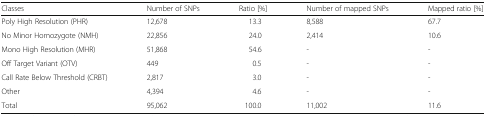
| Classes | Number of SNPs | Ratio [%] | Number of mapped SNPs | Mapped ratio [%] |
 | --- | --- | --- | --- | --- |
 | Poly High Resolution (PHR) | 12,678 | 13.3 | 8,588 | 67.7 |
 | No Minor Homozygote (NMH) | 22,856 | 24.0 | 2,414 | 10.6 |
 | Mono High Resolution (MHR) | 51,868 | 54.6 | - | - |
 | Off Target Variant (OTV) | 449 | 0.5 | - | - |
 | Call Rate Below Threshold (CRBT) | 2,817 | 3.0 | - | - |
 | Other | 4,394 | 4.6 | - | - |
 | Total | 95,062 | 100.0 | 11,002 | 11.6 |